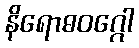
နိရောဓဝဂ္ဂေါ